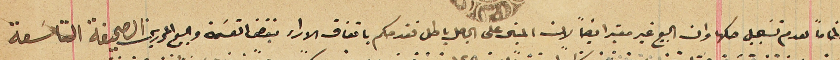
نظاماً لعدم تسَجيل صكها وان البيع غير معتبر ايضاً لان المبنى على الباطل باطل فقد حكم باتفاق الاراء بنقض القسَمة والبيع المحررين الصحيفة التاسَعة